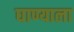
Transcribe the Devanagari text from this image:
घाण्याला